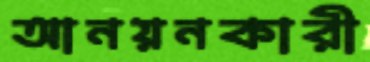
আনয়নকারী